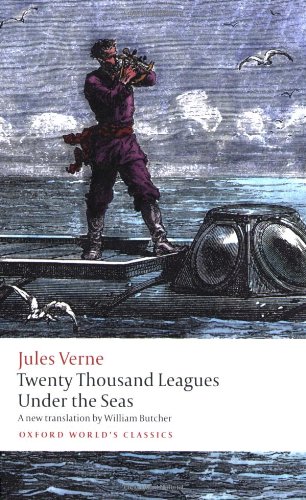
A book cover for The Extraordinary Journeys: Twenty Thousand Leagues Under the Sea (Oxford World's Classics); Jules Verne; Science Fiction & Fantasy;